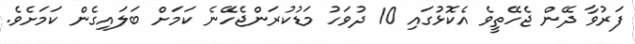
ފަރުވާ ދޭން ޖެހޭތީވެ އެކޮޅުގައި 10 ދުވަހު މަޑުކުރަންޖެހޭނެ ކަމަށް ބަލައިގެން ކަމަށެވެ.